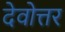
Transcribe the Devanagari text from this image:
देवोत्तर